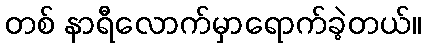
တစ် နာရီလောက်မှာရောက်ခဲ့တယ်။